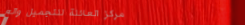
مركز العائلة للتجميل والع